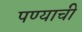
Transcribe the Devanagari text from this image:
पण्याची